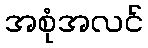
အစုံအလင်